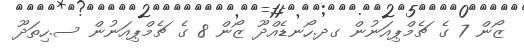
ޒޯން 7 ގެ ޗެމްޕިއަނުން ގދ.ހޯނޑެއްދޫ ޒޯން 8 ގެ ޗެމްޕިއަނުން ސ.ހިތަދޫ